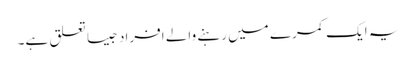
یہ ایک کمرے میں رہنے والے افراد جیسا تعلق ہے۔